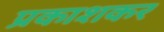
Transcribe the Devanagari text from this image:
प्रकाशकर